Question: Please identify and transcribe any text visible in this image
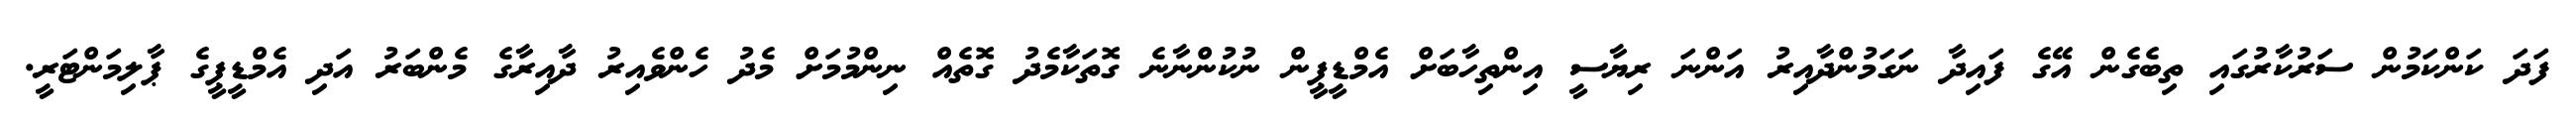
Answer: ފަދަ ކަންކަމުން ސަރުކާރުގައި ތިބެގެން އޭގެ ފައިދާ ނަގަމުންދާއިރު އަންނަ ރިޔާސީ އިންތިހާބަށް އެމްޑީޕީން ނުކުންނާނެ ގޮތަކާމެދު ގޮތެއް ނިންމުމަށް މެދު ހެންވެއިރު ދާއިރާގެ މެންބަރު އަދި އެމްޑީޕީގެ ޕާލިމަންޓަރީ.